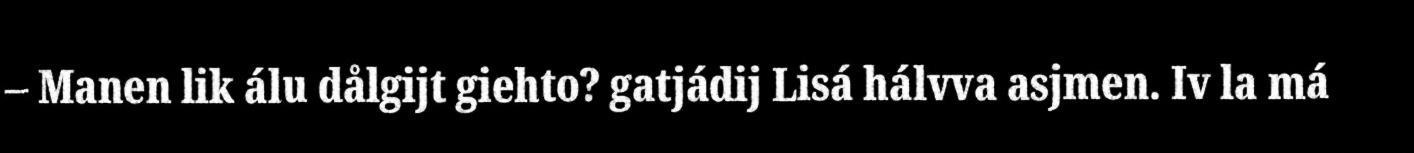
– Manen lik álu dålgijt giehto? gatjádij Lisá hálvva asjmen. Iv la má